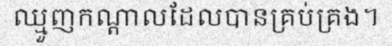
ឈ្មួញកណ្តាលដែលបានគ្រប់គ្រង។